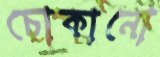
চোকানো